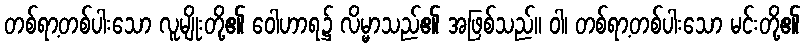
တစ်ရာ့တစ်ပါးသော လူမျိုးတို့၏ ဝေါဟာရ၌ လိမ္မာသည်၏ အဖြစ်သည်။ ဝါ၊ တစ်ရာ့တစ်ပါးသော မင်းတို့၏